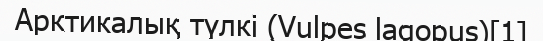
Арктикалық түлкі (Vulpes lagopus)[1]